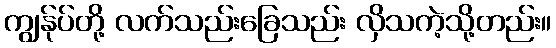
ကျွန်ုပ်တို့ လက်သည်းခြေသည်း လှိသကဲ့သို့တည်း။